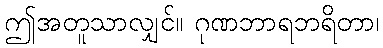
ဤအတူသာလျှင်။ ဂုဏဘာရဘရိတာ၊